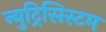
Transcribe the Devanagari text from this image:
न्युट्रिसिस्टम